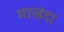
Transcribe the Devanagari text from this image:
माखंदा